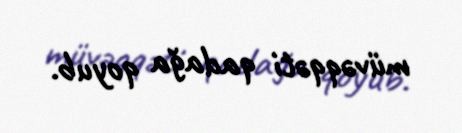
müvəqqəti qadağa qoyub.